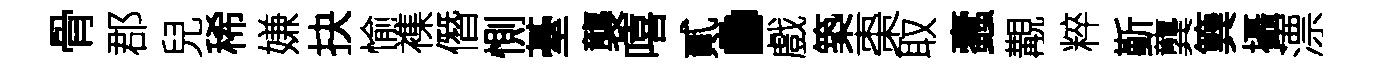
骨郡兒稀嫌抉愉襍僭惻䑓襲嘻貳·戲築棗取蠧覯粹斳龔簨攝漂